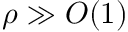
\rho \gg O ( 1 )